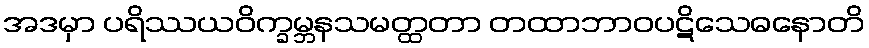
အဒမှာ ပရိဿယဝိက္ခမ္ဘနသမတ္ထတာ တထာဘာဝပဋိသေဓနောတိ